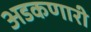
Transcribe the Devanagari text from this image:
अडकणारी